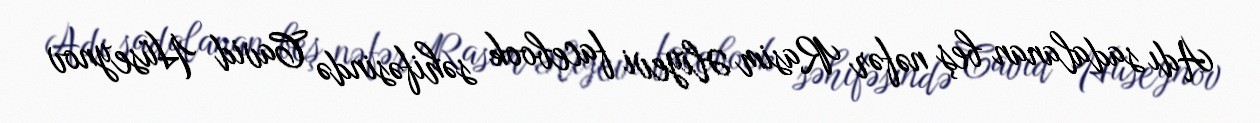
Adı sadalanan beş nəfər Rasim Əliyevi facebook səhifəsində Cavid Hüseynov